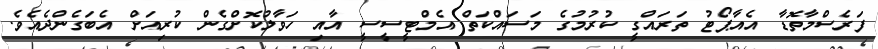
ފަރެސްމާތޮޑާ އެއާޕޯޓު ތަރައްގީ ކުރުމުގެ މަސައްކަތް އެމްޓީސީސީ އާއި ހަވާލުކޮށްގެން ކުރިއަށް އެބަގެންދެއެވެ.